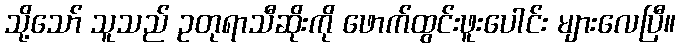
သို့သော် သူသည် ဥတုရာသီဆိုးကို ဖောက်ထွင်းဖူးပေါင်း များလေပြီ။